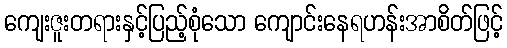
ကျေးဇူးတရားနှင့်ပြည့်စုံသော ကျောင်းနေရဟန်းအာစိတ်ဖြင့်